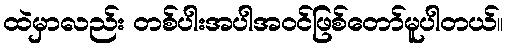
ထဲမှာလည်း တစ်ပါးအပါအဝင်ဖြစ်တော်မူပါတယ်။